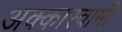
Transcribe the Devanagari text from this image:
अक्कास्वामी